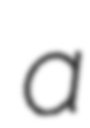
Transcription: a